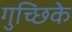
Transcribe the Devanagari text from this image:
गुच्छिके